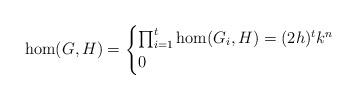
LaTeX: \begin{align*}\hom(G,H)=\begin{cases}\prod_{i=1}^t\hom(G_i,H)=(2h)^tk^n&\\0&\end{cases}\end{align*}